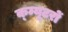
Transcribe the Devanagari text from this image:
क्म्यूटरों